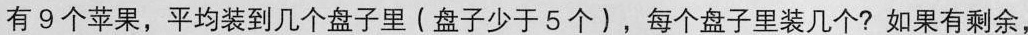
有9个苹果，平均装到几个盘子里(盘子少于5个)，每个盘子里装几个?如果有剩余，